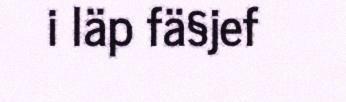
i läp fä§jef